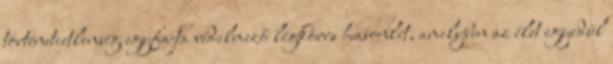
történetietlenség egyfajta védelmező légkörre hasonlít, amelyben az élet egyedül